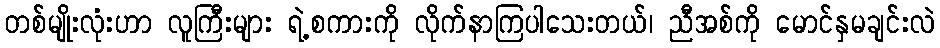
တစ်မျိုးလုံးဟာ လူကြီးများ ရဲ့စကားကို လိုက်နာကြပါသေးတယ်၊ ညီအစ်ကို မောင်နှမချင်းလဲ